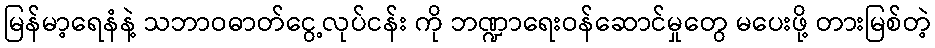
မြန်မာ့ရေနံနဲ့ သဘာဝဓာတ်ငွေ့လုပ်ငန်း ကို ဘဏ္ဍာရေးဝန်ဆောင်မှုတွေ မပေးဖို့ တားမြစ်တဲ့